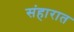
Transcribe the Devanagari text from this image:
संहारात